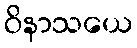
ဝိနာသယေ